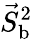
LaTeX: \vec{S}_{\mathrm{b}}^{2}